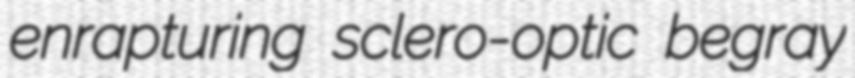
enrapturing sclero-optic begray